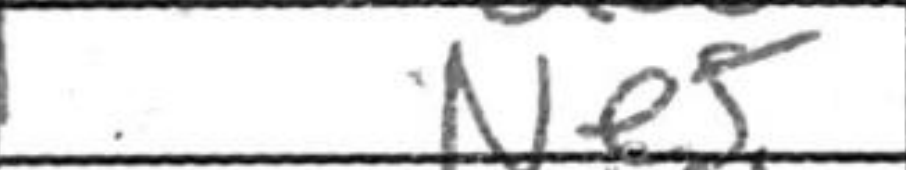
Transcription: Ne5